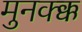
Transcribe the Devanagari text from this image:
मुनक्क्क